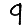
Digit: 9